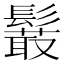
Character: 𩯍